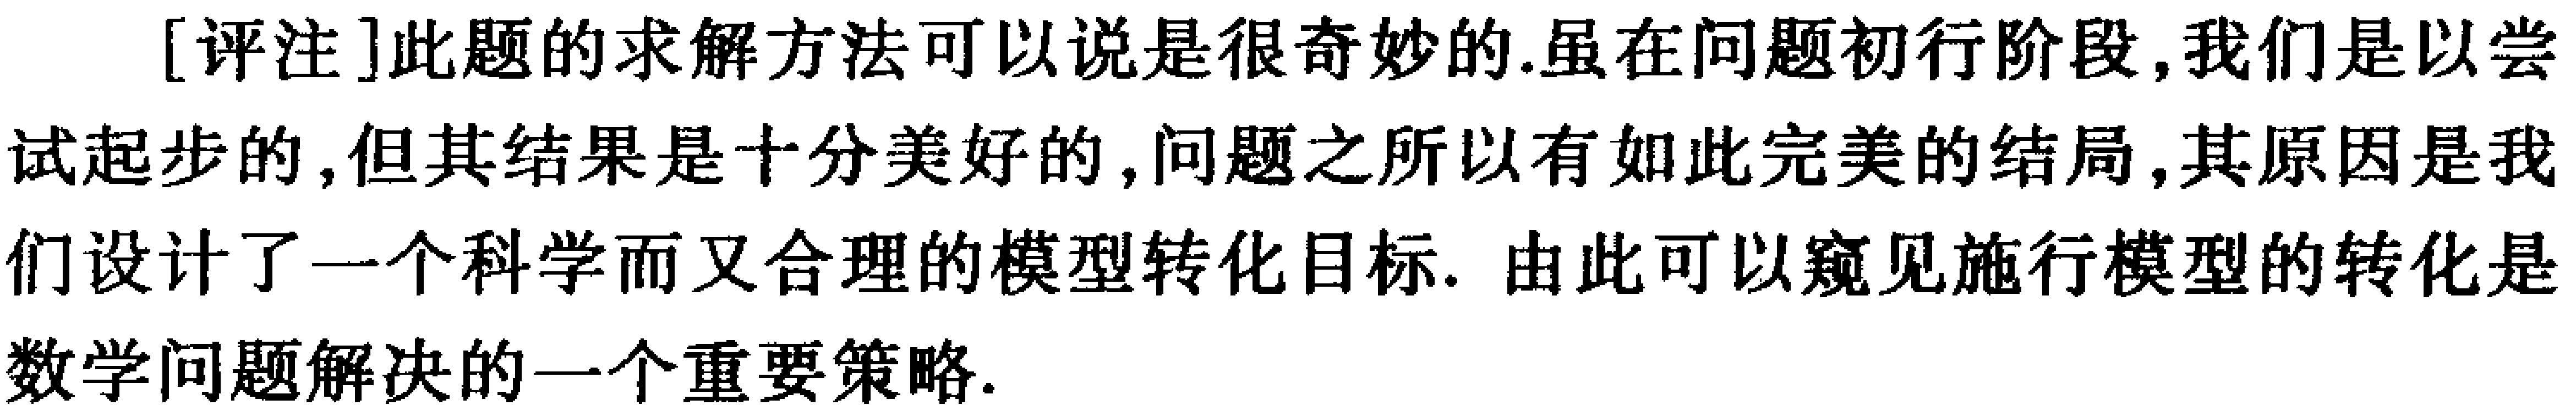
[评注]此题的求解方法可以说是很奇妙的.虽在问题初行阶段,我们是以尝试起步的,但其结果是十分美好的,问题之所以有如此完美的结局,其原因是我们设计了一个科学而又合理的模型转化目标. 由此可以窥见施行模型的转化是数学问题解决的一个重要策略.